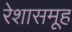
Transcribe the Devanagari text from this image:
रेशासमूह